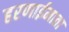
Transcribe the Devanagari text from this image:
हरणाईमाता